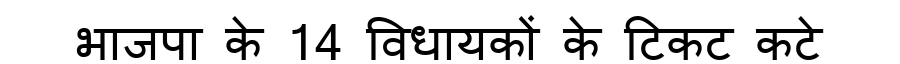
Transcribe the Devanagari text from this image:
भाजपा के 14 विधायकों के टिकट कटे